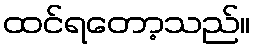
ထင်ရတော့သည်။